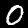
Label: 0